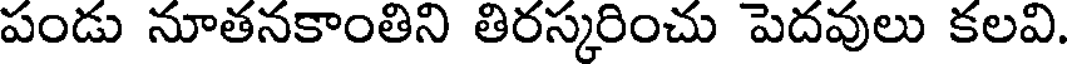
పండు నూతనకాంతిని తిరస్కరించు పెదవులు కలవి.